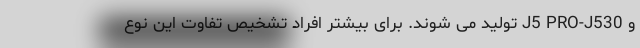
و J5 PRO-J530 تولید می شوند. برای بیشتر افراد تشخیص تفاوت این نوع